Reports on dispensaries and lunatic asylums in the Province of Oudh - 1869-1876
Year: 1869
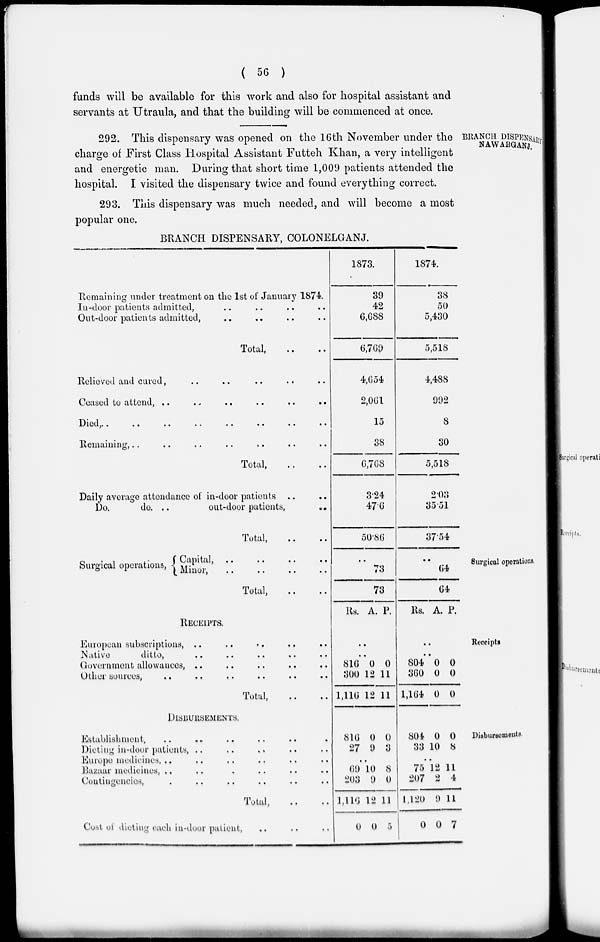
( 56 )
funds will be available for this work and also for hospital assistant and
servants at Utraula, and that the building will be commenced at once.
BRANCH DISPENSARY
NAWABGANJ.
292. This dispensary was opened on the 16th November under the
charge of First Class Hospital Assistant Futteh Khan, a very intelligent
and energetic man. During that short time 1,009 patients attended the
hospital. I visited the dispensary twice and found everything correct.
293. This dispensary was much needed, and will become a most
popular one.
BRANCH DISPENSARY, COLONELGANJ.
Remaining under treatment on the 1st of January 1874.
In-door patients admitted, .. .. .. ..
Out-door patients admitted, .. .. .. ..
Total, .. ..
Relieved and cured,
..
..
..
.. ..
Ceased to attend, ..
..
..
..
..
..
Died ,..
..
..
..
..
..
..
..
Remaining, .. .. .. .. .. ..
Total, .. ..
Daily average attendance of in-door patients .. ..
Do,
do. ..
out-door patients,
..
Total, .. ..
1873.
39
42
6,688
6,769
4,654
2,061
15
38
6,768
3.24
47.6
50.86
1874.
38
50
5,430
5,518
4,488
992
8
30
5,518
2.03
35.51
37.54
Surgical operations.
Surgical operations,
Capital, .. .. .. ..
Minor, .. .. .. ..
Total, .. ..
..
73
73
..
64
64
Receipts
RECEIPTS.
European subscriptions, ..
..
..
..
..
Native
ditto, .. .. .. .. ..
Government allowances, .. .. .. .. ..
Other sources, .. .. .. .. .. ..
Total,
..
..
Rs. A. P.
..
..
816
300
1,116
0
12
12
0
11
11
Rs. A. P.
..
..
804
360
1,164
0
0
0
0
0
0
Disbursements.
DISBURSEMENTS.
Establishment, .. .. .. .. .
Dieting in-door patients, .. .. .. ..
Europe medicines, .. .. .. ..
Bazaar medicines, .. .. .. ..
Contingencies, . .. .. .. ..
Total, .. ..
Cost of dieting each in-door patient, .. .. ..
816
27
0
9
0
3
..
69
203
1,116
0
10
9
12
0
8
0
11
5
804
33
0
10
0
8
..
75
207
1,120
0
12
2
9
0
11
4
11
7